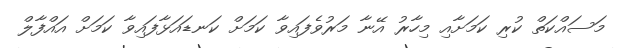
މަސައްކަތް ކުރި ކަމަށާއި މިހާރު އޭނާ މަރުވެފައިވާ ކަމަށް ކަނޑައަޅާފައިވާ ކަމަށް އައްފާލް